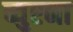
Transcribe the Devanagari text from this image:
ब्युएना